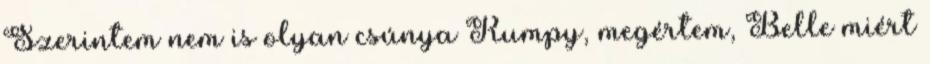
Szerintem nem is olyan csúnya Rumpy, megértem, Belle miért